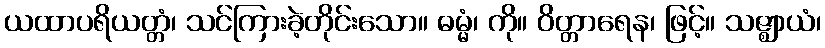
ယထာပရိယတ္တံ၊ သင်ကြားခဲ့တိုင်းသော။ ဓမ္မံ၊ ကို။ ဝိတ္တာရေန၊ ဖြင့်။ သဇ္ဈာယံ၊